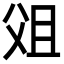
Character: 㸖